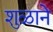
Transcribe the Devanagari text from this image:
शुळाने